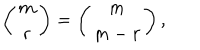
\left( \begin{array} { c } { { m } } \\ { { r } } \\ \end{array} \right) = \left( \begin{array} { c } { { m } } \\ { { m - r } } \\ \end{array} \right) ,